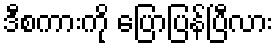
ဒီစကားကို ပြောပြန်ပြီလား